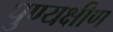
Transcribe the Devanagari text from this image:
पुण्यक्षीण